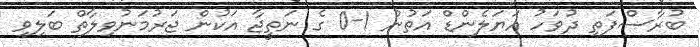
ބުރާސްފަތި ދުވަހު އަޔަލެންޑް އަތުން 1-0 ގެ ނަތީޖާ އަކުން ޖަރުމަނުވިލާތް ބަލިވި